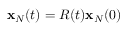
{ \bf x } _ { N } ( t ) = R ( t ) { \bf x } _ { N } ( 0 )